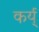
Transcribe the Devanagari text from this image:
कर्य्